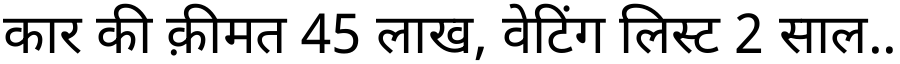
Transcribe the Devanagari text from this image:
कार की क़ीमत 45 लाख, वेटिंग लिस्ट 2 साल..